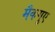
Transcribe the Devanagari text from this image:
मैकगुए